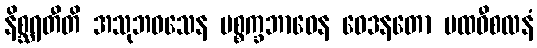
နိစ္ဆရတီတိ အသုဘဝသေန ပစ္စက္ခဘာဝေန ဝေဒနတော ပထဝီစလနံ